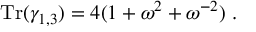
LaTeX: { \mathrm { T r } } ( \gamma _ { 1 , 3 } ) = 4 ( 1 + \omega ^ { 2 } + \omega ^ { - 2 } ) ~ .